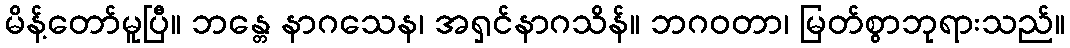
မိန့်တော်မူပြီ။ ဘန္တေ နာဂသေန၊ အရှင်နာဂသိန်။ ဘဂဝတာ၊ မြတ်စွာဘုရားသည်။